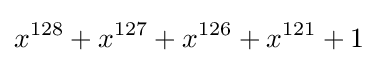
x^{128}+x^{127}+x^{126}+x^{121}+1